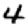
Digit: 4